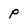
Character: p